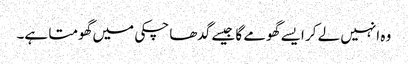
وہ انہیں لے کر ایسے گھومے گا جیسے گدھا چکی میں گھومتا ہے۔